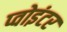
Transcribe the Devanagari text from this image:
प्वोइंटर